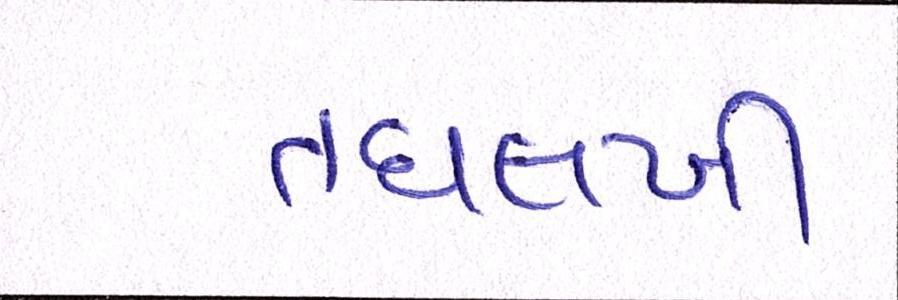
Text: તઘલખી